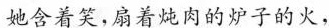
她含着笑，扇着炖肉的炉子的火，